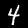
Digit: 4